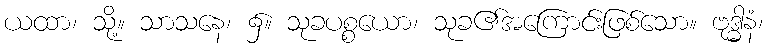
ယထာ၊ သို့။ သာသနေ၊ ၌။ သုခပစ္စယော၊ သုခ၏အကြောင်းဖြစ်သော။ ဗုဒ္ဓါနံ၊